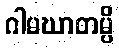
ဂါမဃာတမ္ပိ